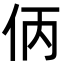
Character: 㑂